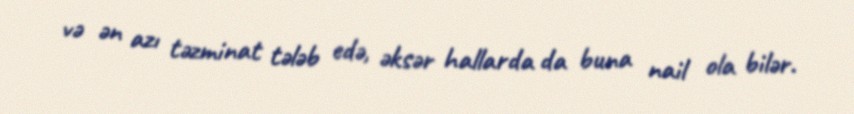
və ən azı təzminat tələb edə, əksər hallarda da buna nail ola bilər.